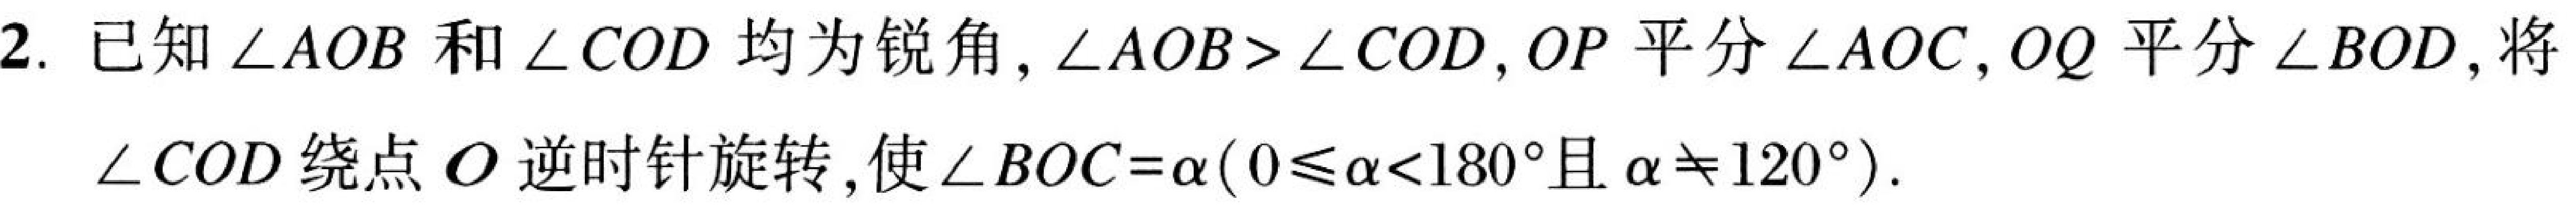
2. 已知$\angle AOB$和$\angle COD$均为锐角，$\angle AOB>\angle COD$，$OP$平分$\angle AOC$，$OQ$平分$\angle BOD$，将
$\angle COD$绕点$O$逆时针旋转，使$\angle BOC = \alpha(0\leqslant\alpha<180^{\circ}\text{且}\alpha\neq120^{\circ})$.